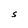
Character: S